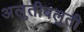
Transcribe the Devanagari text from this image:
अलुतीबलुती